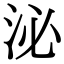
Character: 泌